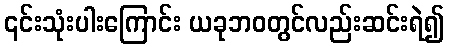
၎င်းသုံးပါးကြောင်း ယခုဘဝတွင်လည်းဆင်းရဲ၍